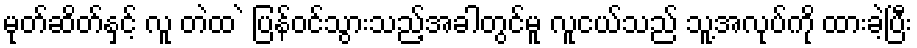
မုတ်ဆိတ်နှင့် လူ တဲထ ဲ ပြန်ဝင်သွားသည့်အခါတွင်မူ လူငယ်သည် သူ့အလုပ်ကို ထားခဲ့ပြီး